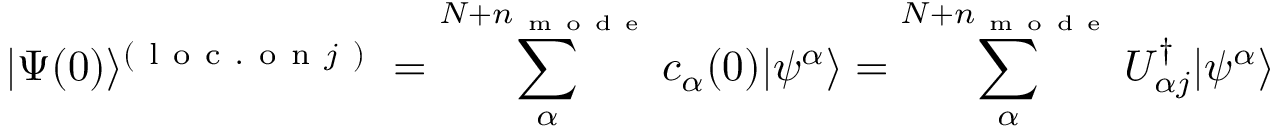
| \Psi ( 0 ) \rangle ^ { ( \mathrm { ~ l ~ o ~ c ~ . ~ o ~ n ~ } j \mathrm { ~ ) ~ } } = \sum _ { \alpha } ^ { N + n _ { \mathrm { ~ m ~ o ~ d ~ e ~ } } } c _ { \alpha } ( 0 ) | \psi ^ { \alpha } \rangle = \sum _ { \alpha } ^ { N + n _ { \mathrm { ~ m ~ o ~ d ~ e ~ } } } U _ { \alpha j } ^ { \dagger } | \psi ^ { \alpha } \rangle